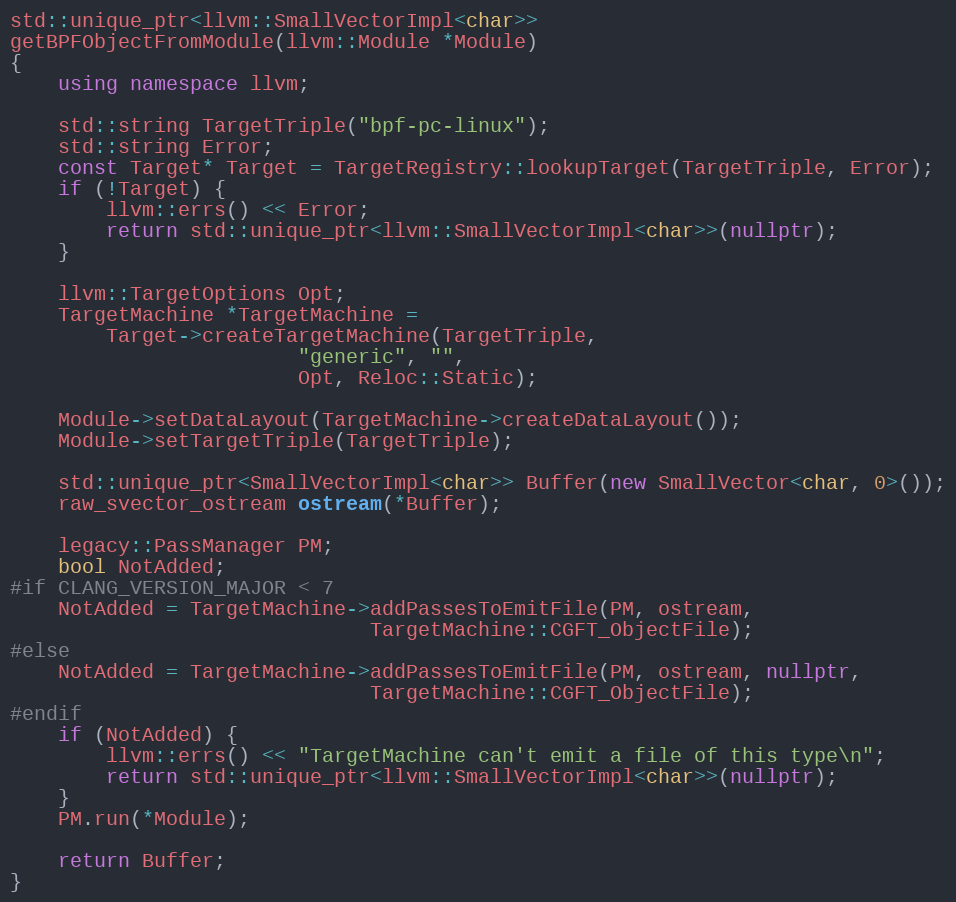
Language: C++
std::unique_ptr<llvm::SmallVectorImpl<char>>
getBPFObjectFromModule(llvm::Module *Module)
{
	using namespace llvm;

	std::string TargetTriple("bpf-pc-linux");
	std::string Error;
	const Target* Target = TargetRegistry::lookupTarget(TargetTriple, Error);
	if (!Target) {
		llvm::errs() << Error;
		return std::unique_ptr<llvm::SmallVectorImpl<char>>(nullptr);
	}

	llvm::TargetOptions Opt;
	TargetMachine *TargetMachine =
		Target->createTargetMachine(TargetTriple,
					    "generic", "",
					    Opt, Reloc::Static);

	Module->setDataLayout(TargetMachine->createDataLayout());
	Module->setTargetTriple(TargetTriple);

	std::unique_ptr<SmallVectorImpl<char>> Buffer(new SmallVector<char, 0>());
	raw_svector_ostream ostream(*Buffer);

	legacy::PassManager PM;
	bool NotAdded;
#if CLANG_VERSION_MAJOR < 7
	NotAdded = TargetMachine->addPassesToEmitFile(PM, ostream,
						      TargetMachine::CGFT_ObjectFile);
#else
	NotAdded = TargetMachine->addPassesToEmitFile(PM, ostream, nullptr,
						      TargetMachine::CGFT_ObjectFile);
#endif
	if (NotAdded) {
		llvm::errs() << "TargetMachine can't emit a file of this type\n";
		return std::unique_ptr<llvm::SmallVectorImpl<char>>(nullptr);
	}
	PM.run(*Module);

	return Buffer;
}